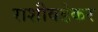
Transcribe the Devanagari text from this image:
राशीवडेकर